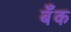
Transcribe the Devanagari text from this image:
बॅँक